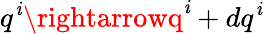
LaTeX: q^{\mathit{i}}\rightarrowq^{\mathit{i}}+dq^{\mathit{i}}